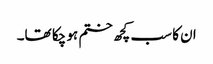
ان کا سب کچھ ختم ہو چکا تھا۔